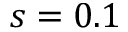
s = 0 . 1